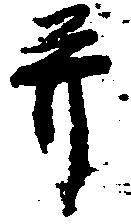
并